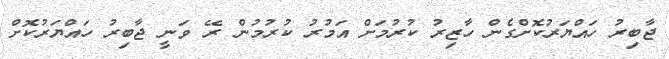
ޖާބިރު ހައްޔަރުކޮށްގެން ހާޒިރު ކުރުމަށް އަމުރު ކުރުމުން ރޭ ވަނީ ޖާބިރު ހައްޔަރުކޮށް